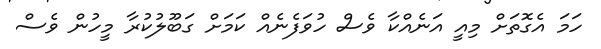
ހަމަ އެގޮތަށް މިއީ އަނެއްކާ ވެސް ހުވަފެނެއް ކަމަށް ގަބޫލުކުރާ މީހުން ވެސް